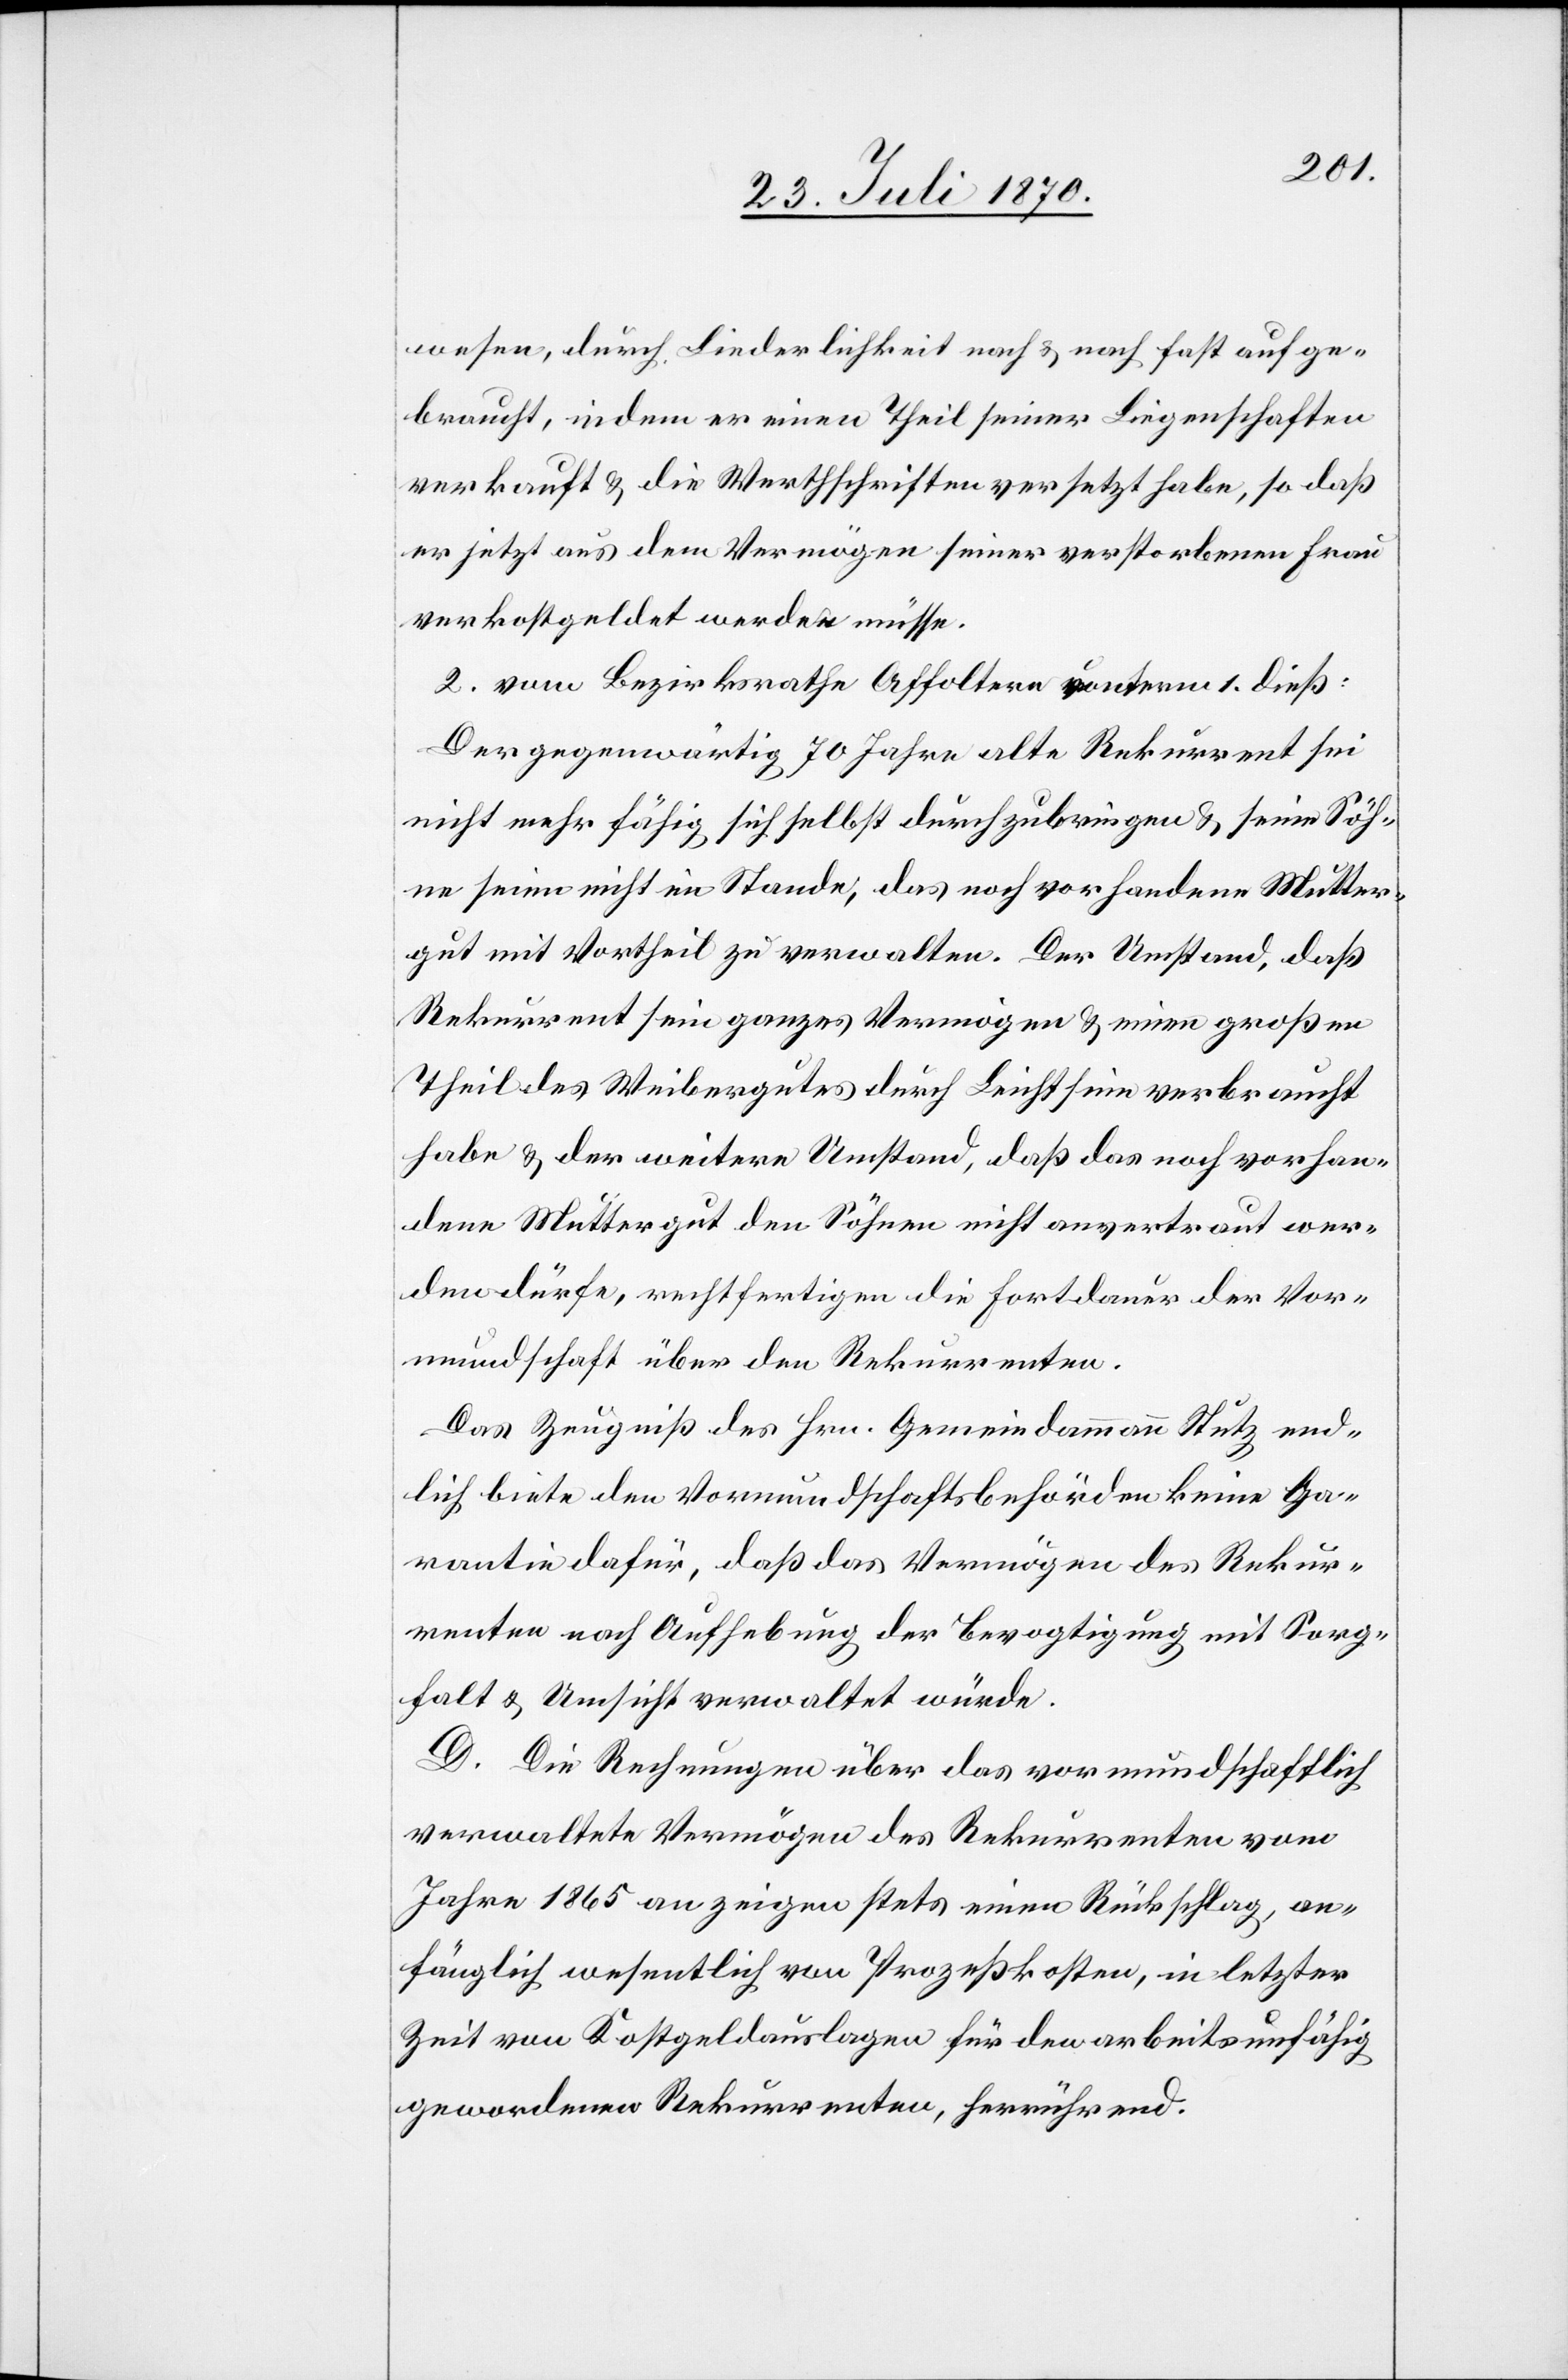
wesen, durch Liederlichkeit nach & nach fast aufge¬
braucht, indem er einen Theil seiner Liegenschaften
verkauft & die Werthschriften versetzt habe, so daß
er jetzt aus dem Vermögen seiner verstorbenen Frau
verkostgeldet werden müsse.
2. vom Bezirksrathe Affoltern unterm 1. dieß:
Der gegenwärtig 70 Jahre alte Rekurrent sei
nicht mehr fähig sich selbst durchzubringen & seine Söh¬
ne seien nicht im Stande, das noch vorhandene Mutter¬
gut mit Vortheil zu verwalten. Der Umstand, daß
Rekurrent sein ganzes Vermögen & einen großen
Theil des Weibergutes durch Leichtsinn verbraucht
habe & der weitere Umstand, daß das noch vorhan¬
dene Muttergut den Söhnen nicht anvertraut wer¬
den dürfe, rechtfertigen die Fortdauer der Vor¬
mundschaft über den Rekurrenten.
Das Zeugniß des Hrn. Gemeindammann Stutz end¬
lich biete den Vormundschaftsbehörden keine Ga¬
rantie dafür, daß das Vermögen des Rekur¬
renten nach Aufhebung der Bevogtigung mit Sorg¬
falt & Umsicht verwaltet würde.
D. Die Rechnung über das vormundschaftlich
verwaltete Vermögen des Rekurrenten vom
Jahre 1865 an zeige stets einen Rückschlag, an¬
fänglich wesentlich von Prozeßkosten, in letzter
Zeit von Kostgeldauslagen für den arbeitsunfähig
gewordenen Rekurrenten, herrühren.